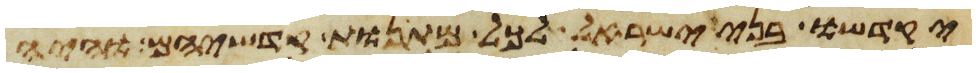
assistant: יקדישו בני ישראל לכל מתנות קדשיהם והיה